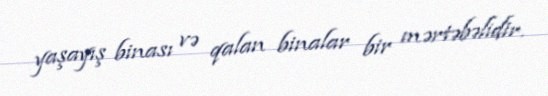
yaşayış binası və qalan binalar bir mərtəbəlidir.